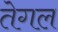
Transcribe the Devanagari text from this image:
तेगल